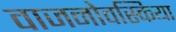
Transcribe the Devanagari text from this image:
वाजनोवस्किया